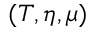
( T , \eta , \mu )